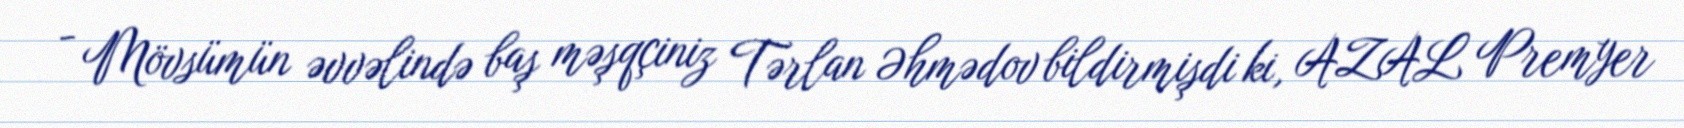
- Mövsümün əvvəlində baş məşqçiniz Tərlan Əhmədov bildirmişdi ki, AZAL Premyer